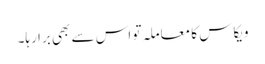
ویکاس کا معاملہ تو اس سے بھی برا رہا۔